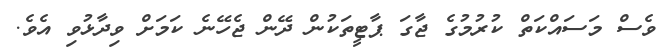
ވެސް މަސައްކަތް ކުރުމުގެ ޖާގަ ޕާޓީތަކުން ދޭން ޖެހޭނެ ކަމަށް ވިދާޅުވި އެވެ.